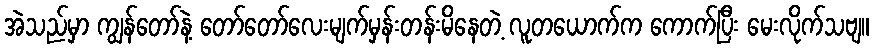
အဲသည်မှာ ကျွန်တော်နဲ့ တော်တော်လေးမျက်မှန်းတန်းမိနေတဲ့ လူတယောက်က ကောက်ပြီး မေးလိုက်သဗျ။